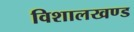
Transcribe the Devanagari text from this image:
विशालखण्ड